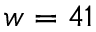
w = 4 1